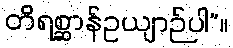
တိရစ္ဆာန်ဥယျာဉ်ပါ”။